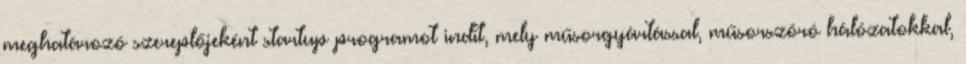
meghatározó szereplőjeként startup programot indít, mely műsorgyártással, műsorszóró hálózatokkal,